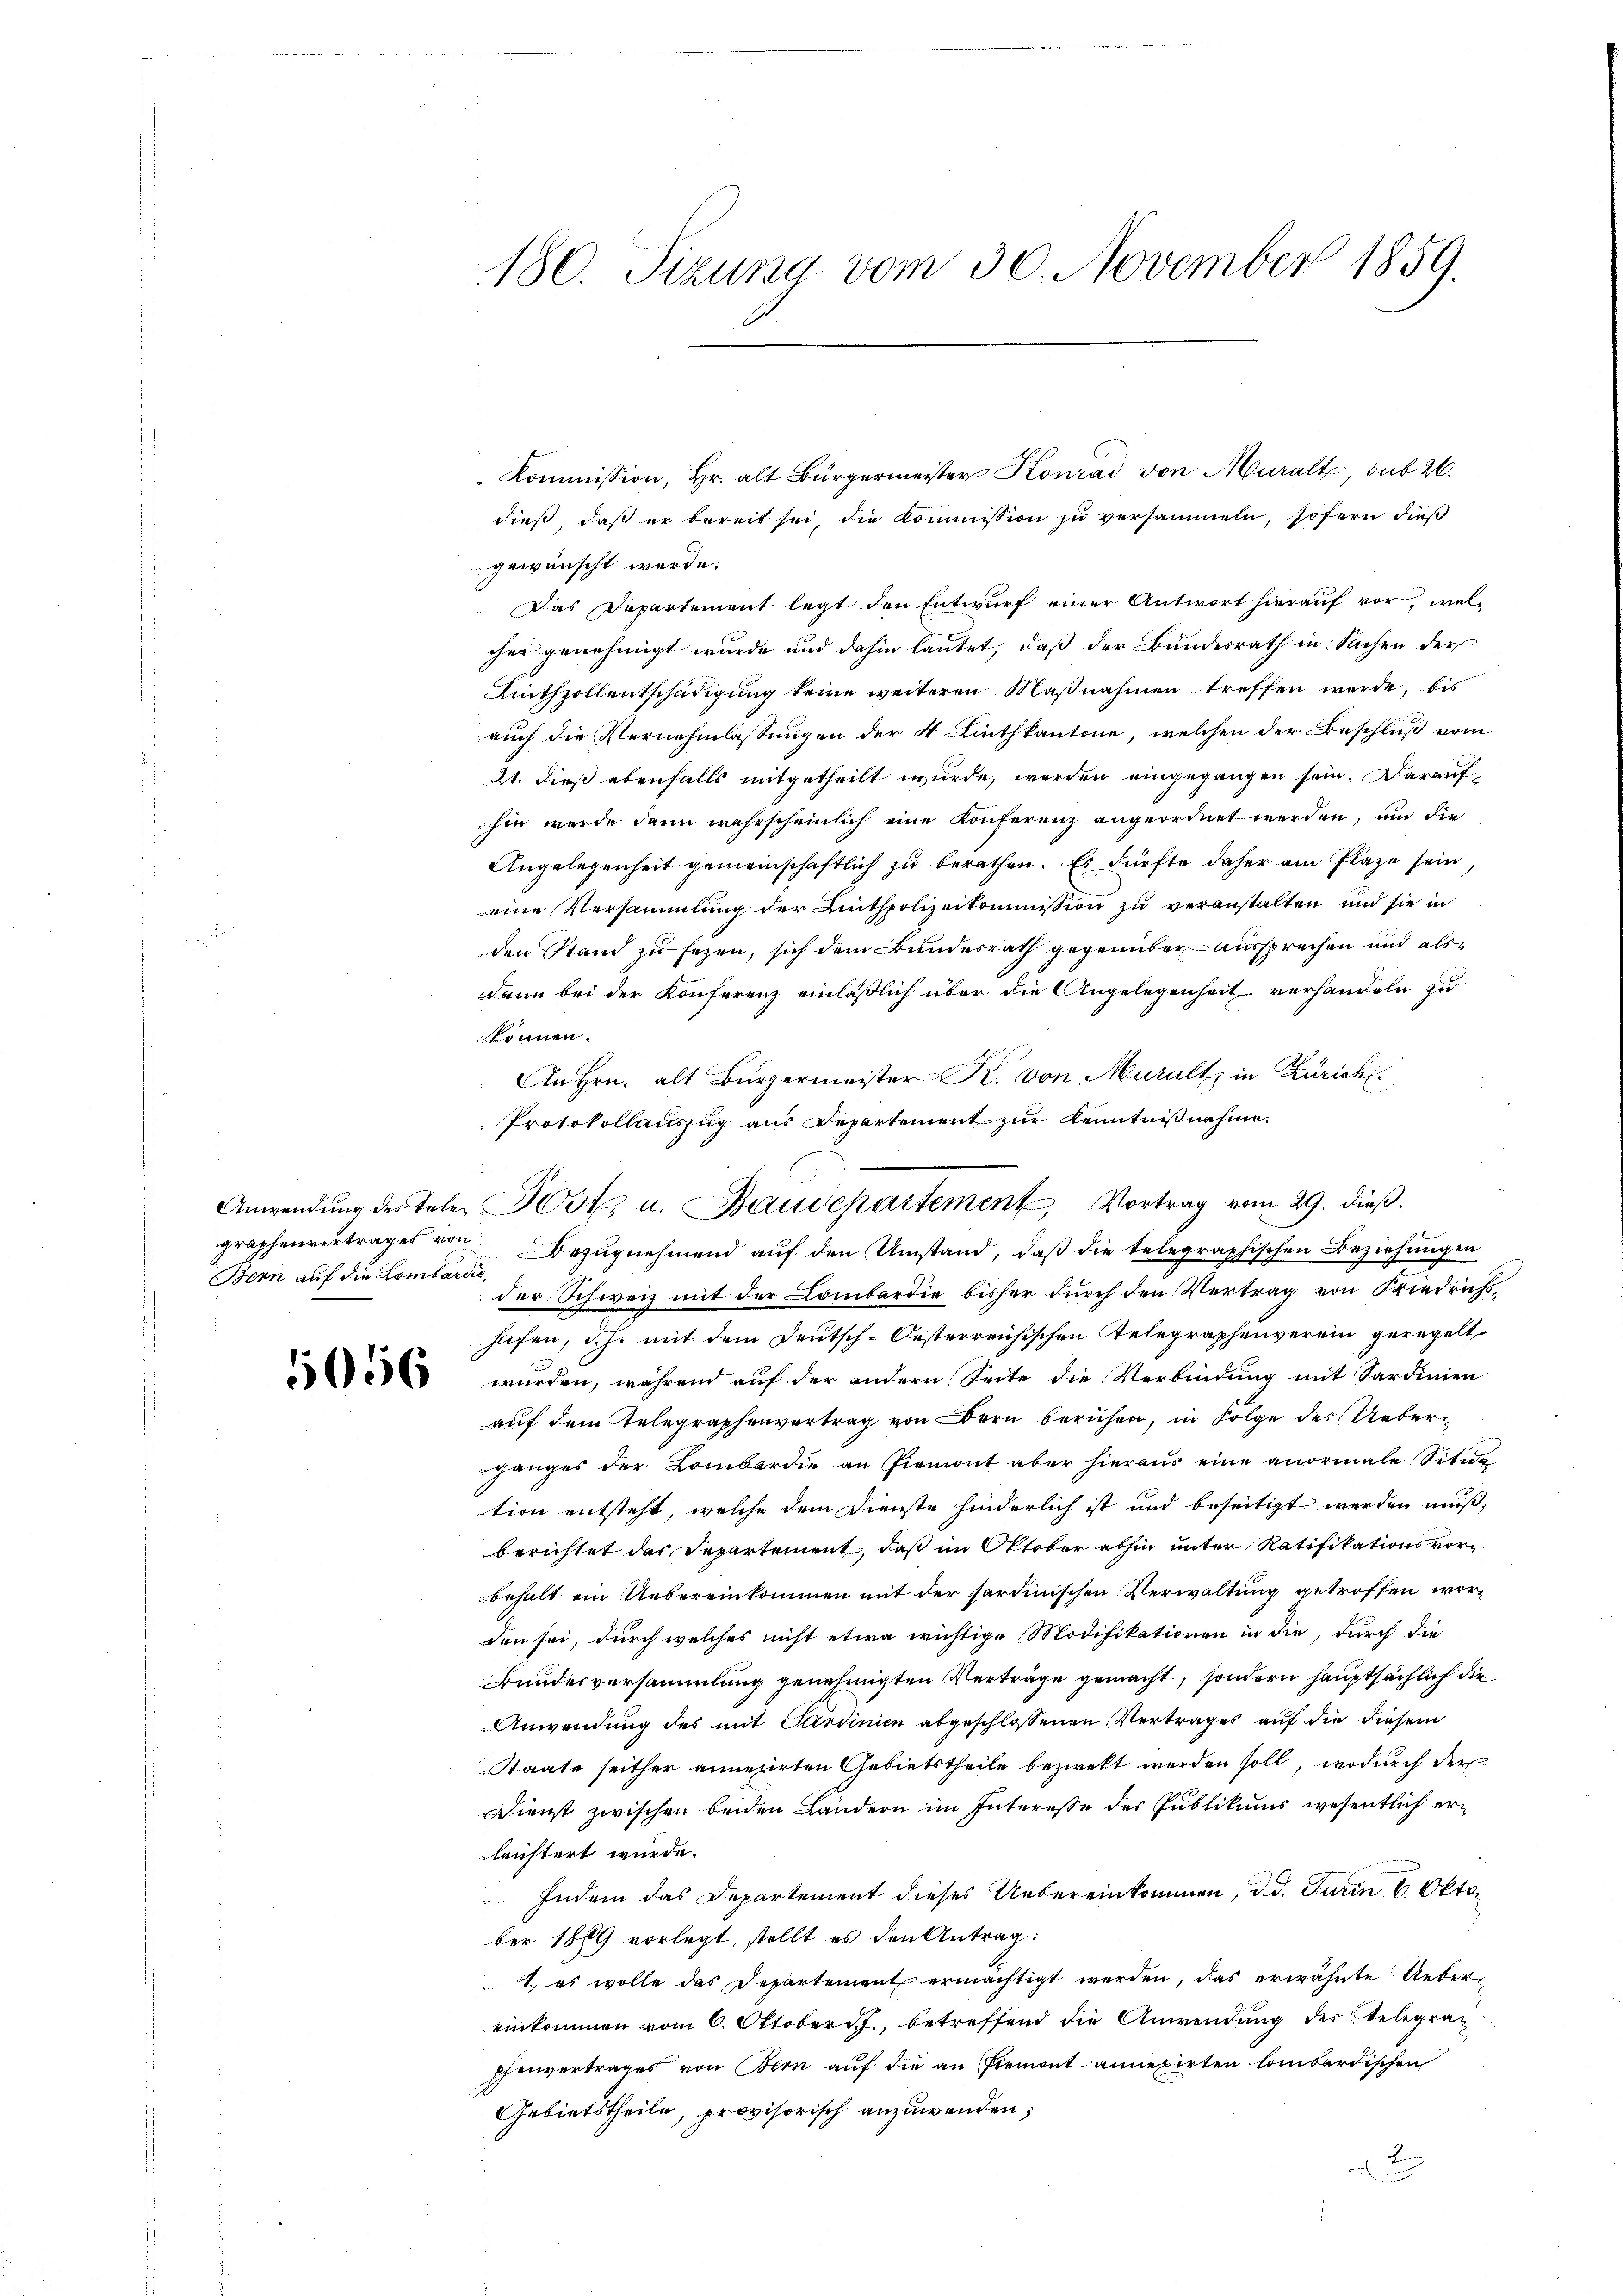
Bern auf die Lombardić,

5056

180. Sizung vom 30. November 1859.

Kommission, Hr. alt Bürgermeister Konrad von Muralt, sub 26.
dieß, daß er bereit sei, die Kommission zu versammeln, sofern dieß
gewünscht werde.
Das Departement legt den Entwurf einer Antwort hierauf vor, welcher genehmigt wurde und dahin lautet, daß der Bundesrath in Sachen der
Authzollentschädigung keine weiteren Maßnahmen treffen werde, bis
auch die Vernehmlassungen der 4 Linthkantone, welchen der Beschluß vom
21. dieß ebenfalls mitgetheilt wurde, werden eingegangen sein. Daraufhin werde dann wahrscheinlich eine Konferenz angeordnet werden, um die
Angelegenheit gemeinschaftlich zu berathen. Es dürfte daher am Plaze sein,
eine Versammlung der Linthpolizeikommission zu veranstalten und sie in
den Stand zu fezen, sich dem Bundesrath gegenüber aussprechen und als¬
Dann bei der Konferenz einläßlich über die Angelegenheit verhandeln zu
können.
An Hrn. alt Burgermeister K. von Muralt in Zürich
Protokollauszug aus Departement zur Kenntnißnahme.
graphenvertrages von Bezŭgnehmend auf den Umstand, daß die telegraphischen Beziehungen
der Schweiz mit der Lombardie bisher durch den Vertrag von Friedrichshafen, d. h. mit dem Deutsch-Oesterreichischen Telegraphenverein geregelt,
wurden, während auf der andern Seite die Verbindung mit Sardinien
auf dem Telegraphenvertrag von Bern beruhen, in Folge des Ueberganges der Lombardie an Piemont aber hieraus eine anormale Situr
tion entsteht, welche dem Dienste hinderlich ist und beseitigt werden muß,
berichtet das Departement, daß im Oktober abhin unter Ratifikationsvorbehalt ein Uebereinkommen mit der sardinischen Verwaltung getroffen worden sei, durch welches nicht etwa wichtige Modifikationen in die, durch die
Bundesversammlung genehmigten Verträge gemacht, sondern hauptsächlich die
Anwendung des mit Sardinien abgeschlossenen Vertrages auf die diesem
Staate seither annegirten Gebietstheile bezwekt werden soll, wodurch der
Dienst zwischen beiden Ländern im Interesse des Publikums wesentlich erleichtert wurde.
Indem das Departement dieses Uebereinkommen, d. d. Turin 6. Oktober 1869 vorlegt, stellt es den Antrag:
1., es wolle das Departement ermächtigt werden, das erwähnte Uebereinkommen vom 6. Oktober d. J., betreffend die Anwendung des Relegraphenvertrages von Bern auf die an Piemont annexirten lombardischen
Gebietstheile, provisorisch anzuwenden;
2.

Anwendŭng der telen Post u. Baudepartement Vortrag vom 29. dieβ.